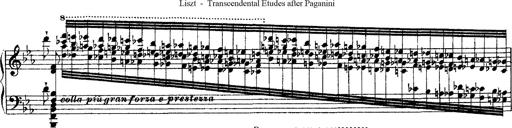
Title: Ã‰tudes d'exÃ©cution transcendante d'aprÃ¨s Paganini
Composer: Franz Liszt